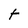
Character: t